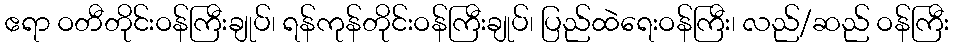
ဧရာ ဝတီတိုင်းဝန်ကြီးချုပ်၊ ရန်ကုန်တိုင်းဝန်ကြီးချုပ်၊ ပြည်ထဲရေးဝန်ကြီး၊ လည်/ဆည် ဝန်ကြီး